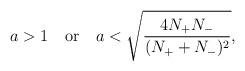
LaTeX: \begin{align*}a>1\,\,\,\,\,\, {\rm or}\,\,\,\,\,\, a<\sqrt{4N_+N_-\over (N_++N_-)^2},\end{align*}